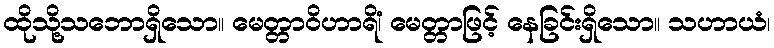
ထိုသို့သဘောရှိသော။ မေတ္တာဝိဟာရိံ၊ မေတ္တာဖြင့် နေခြင်းရှိသော။ သဟာယံ၊